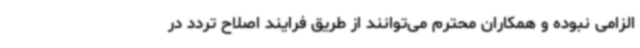
الزامی نبوده و همکاران محترم می‌توانند از طریق فرایند اصلاح تردد در